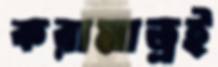
করামাত্রই